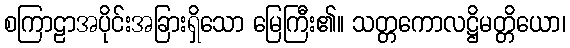
စကြာဠာအပိုင်းအခြားရှိသော မြေကြီး၏။ သတ္တကောလဋ္ဌိမတ္တိယော၊